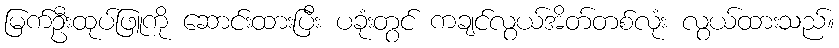
မြက်ဦးထုပ်ဖြူကို ဆောင်းထားပြီး ပခုံးတွင် ကချင်လွယ်အိတ်တစ်လုံး လွယ်ထားသည်။